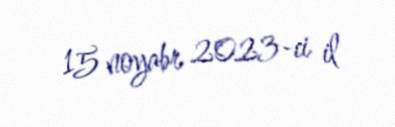
15 noyabr 2023-ci il